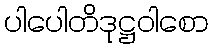
ပါပေါတိဒုဋ္ဌဝါစော